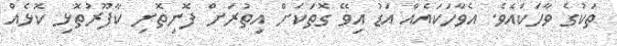
ތަކުގެ ވާހަކައެވެ. އެވާހަކައެއް އަޑު އިވޭ ގޮތަކަށް އިތުރަށް ފޮނިތޮށި ކާފޫރުތޮޅި ކޮޅެއް